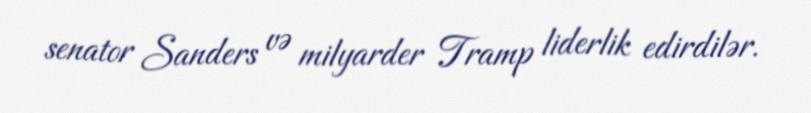
senator Sanders və milyarder Tramp liderlik edirdilər.